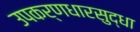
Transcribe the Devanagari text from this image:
उपकर्णधारसुद्धा